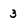
Character: 3